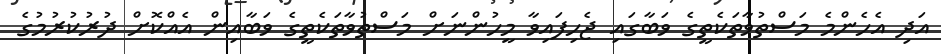
އަދި އެހެންމެ މަސްތުވާތަކެތީގެ ވަބާގައި ޖެހިފައިވާ މީހުންނަށް މަސްތުވާތަކެތީގެ ވަބާއިން އެއްކޮށް ދުރުކުރުމުގެ